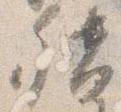
督